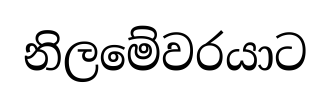
නිලමේවරයාට